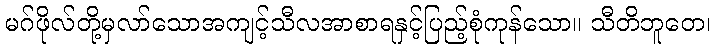
မဂ်ဖိုလ်တို့မှလာ်သောအကျင့်သီလအာစာရနှင့်ပြည့်စုံကုန်သော။ သီတိဘူတေ၊